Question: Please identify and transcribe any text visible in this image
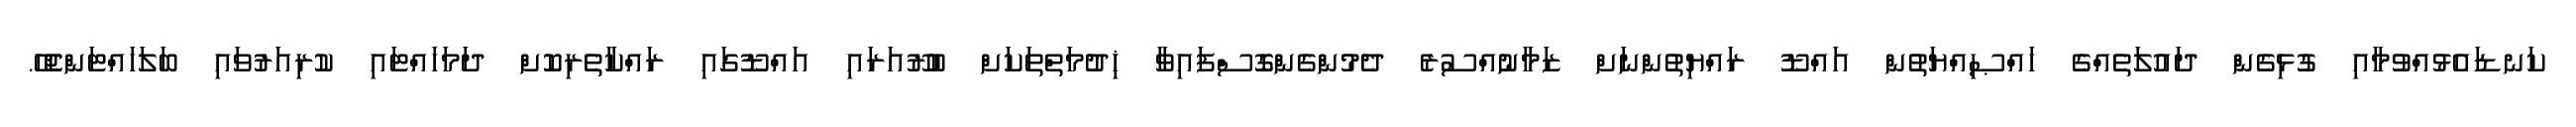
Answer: ކަނޑައެޅުއްވުމާއި ގުޅިގެން ދައުލަތެއްގެ ހައްޞިއްޔަތުން އައްޑޫ ރައްޔިތުންނަށް ޒަމާނުއްސުރެ ދެމުންގެންގޮސްފައިވާ ޚިދުމަތްތަކަށް ބުރޫއަރައި އައްޑޫގައި ރައްކާތެރިކޮށް ދަމަހައްޓައި ކުރިއަރުވައި ބަލަހައްޓަންޖެހޭ.